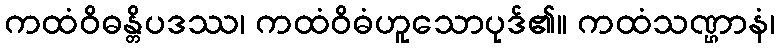
ကထံဝိဓန္တိပဒဿ၊ ကထံဝိဓံဟူသောပုဒ်၏။ ကထံသဏ္ဌာနံ၊